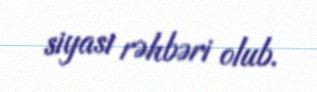
siyasi rəhbəri olub.